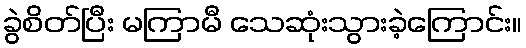
ခွဲစိတ်ပြီး မကြာမီ သေဆုံးသွားခဲ့ကြောင်း။